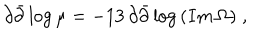
LaTeX: \partial \bar { \partial } \log { \mu } = - 1 3 \, \partial \bar { \partial } \log { ( I m \, \Omega ) } \; ,